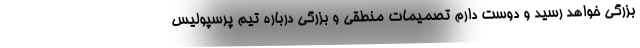
بزرگی خواهد رسید و دوست دارم تصمیمات منطقی و بزرگی درباره تیم پرسپولیس